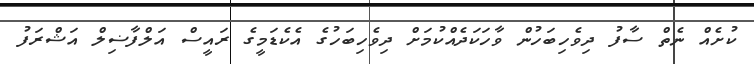
ކުށެއް ނެތް ސާފު ދިވެހިބަހުން ވާހަކަދެއްކުމަށް ދިވެހިބަހުގެ އެކެޑަމީގެ ރައީސް އަލްފާޟިލް އަޝްރަފު